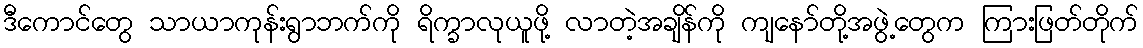
ဒီကောင်တွေ သာယာကုန်းရွာဘက်ကို ရိက္ခာလုယူဖို့ လာတဲ့အချိန်ကို ကျနော်တို့အဖွဲ့တွေက ကြားဖြတ်တိုက်